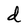
Character: d